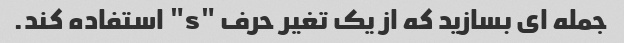
جمله ای بسازید که از یک تغیر حرف "s" استفاده کند.